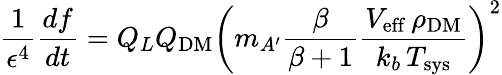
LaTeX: \frac{1}{\epsilon^{4}}\frac{df}{dt}=Q_{L}Q_{\mathrm{DM}}\left(m_{A^{\prime}}\frac{\beta}{\beta+1}\frac{V_{\mathrm{eff}}\, \rho_{\mathrm{DM}}}{k_{b}\, T_{\mathrm{sys}}}\right)^{2}